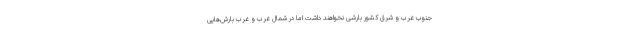
جنوب غرب و شرق کشور بارشی نخواهند داشت اما در شمال غرب و غرب بارش‌هایی